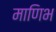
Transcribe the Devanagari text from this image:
माणिभ